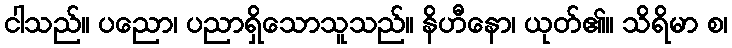
ငါသည်။ ပညော၊ ပညာရှိသောသူသည်။ နိဟီနော၊ ယုတ်၏။ သိရိမာ စ၊